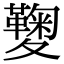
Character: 𡖁